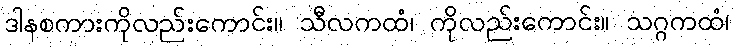
ဒါနစကားကိုလည်းကောင်း။ သီလကထံ၊ ကိုလည်းကောင်း။ သဂ္ဂကထံ၊